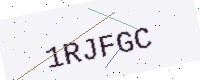
Text: 1RJFGC